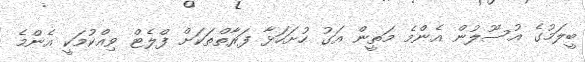
ބީލަމުގެ އުސޫލުން އެންމެ މަތީން އަގު ހުށަހަޅާ ފަރާތްތަކަށް ފްލެޓް ވިއްކުމަކީ އެންމެ